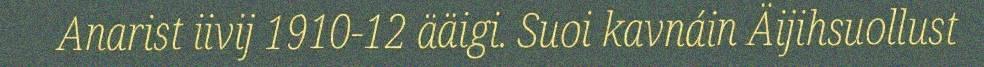
Anarist iivij 1910-12 ääigi. Suoi kavnáin Äijihsuollust